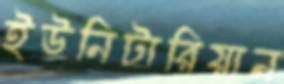
ইউনিটারিয়ান